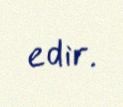
edir.